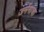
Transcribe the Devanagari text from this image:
जर्मनांचा